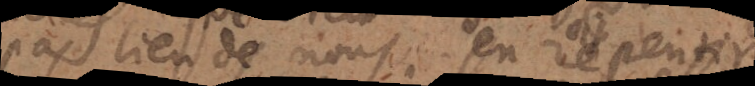
pas lieu de nous en repentir.